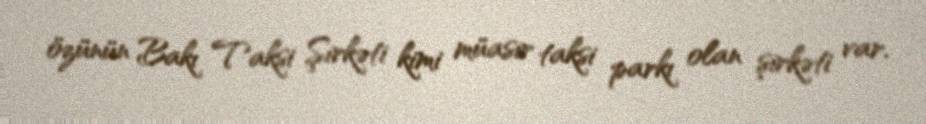
özünün Bakı Taksi Şirkəti kimi müasir taksi parkı olan şirkəti var.